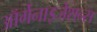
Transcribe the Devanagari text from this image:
ऑर्गेनाइजेशन्स